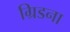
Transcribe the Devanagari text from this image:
ग्रिडना